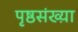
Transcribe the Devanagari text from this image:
पृष्ठसंख्य़ा